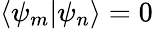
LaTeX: \langle\psi_{m}|\psi_{n}\rangle=0